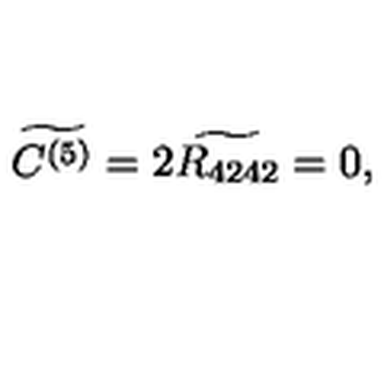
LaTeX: \widetilde { C ^ { ( 5 ) } } = 2 \widetilde { R _ { 4 2 4 2 } } = 0 ,